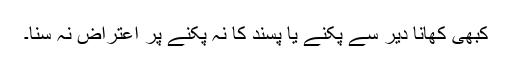
کبھی کھانا دیر سے پکنے یا پسند کا نہ پکنے پر اعتراض نہ سنا۔